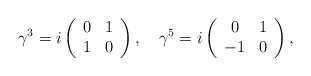
\begin{align*}\gamma^3= i\left(\begin{array}{cc} 0& 1 \\ 1& 0\end{array}\right),\quad\gamma^5= i\left(\begin{array}{cc} 0&1\\-1&0\end{array}\right),\end{align*}